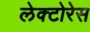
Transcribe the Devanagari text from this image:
लेक्टोरेस